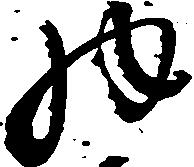
物